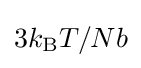
3k_{\text{B}}T/Nb